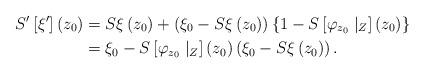
LaTeX: \begin{align*}S^{\prime}\left[ \xi^{\prime}\right] \left( z_{0}\right) & =S\xi\left(z_{0}\right) +\left( \xi_{0}-S\xi\left( z_{0}\right) \right) \left\{1-S\left[ \varphi_{z_{0}}\mid_{Z}\right] \left( z_{0}\right) \right\} \\& =\xi_{0}-S\left[ \varphi_{z_{0}}\mid_{Z}\right] \left( z_{0}\right)\left( \xi_{0}-S\xi\left( z_{0}\right) \right) .\end{align*}